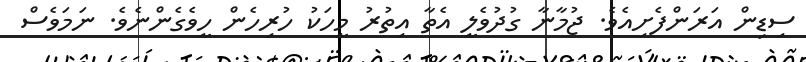
ސިޑިން އަރަންފެށިއެވެ. ޖުމާނާ ގުދުވެލީ އެތާ އިތުރު މީހަކު ހުރިހެން ހީވެގެންނެވެ. ނަމަވެސް